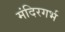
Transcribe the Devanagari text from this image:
मंदिरगर्भ